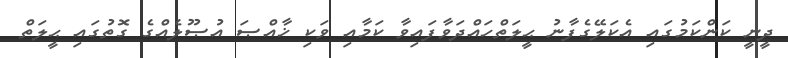
ދީނީ ކަންކަމުގައި އެކަލޭގެފާނު ޙީލަތްހައްދަވާފައިވާ ކަމާއި ވަކި ޚާއްޞަ އުޞޫލެއްގެ ގޮތުގައި ޙީލަތް